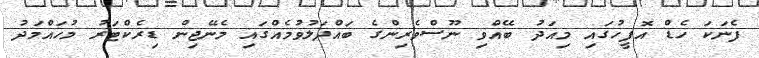
ފެނަކަ ހެޑް އޮފީހުގައި މިއަދު ބޭއްވި ނޫސްވެރިންގެ ބައްދަލުވުމެއްގައި މެނޭޖިން ޑިރެކްޓަރު މުހައްމަދު